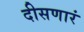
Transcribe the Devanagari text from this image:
दीसणारं